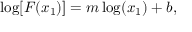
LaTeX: \log [ F ( x _ { 1 } ) ] = m \log ( x _ { 1 } ) + b ,